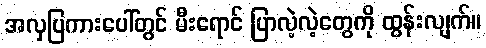
အလှပြကားပေါ်တွင် မီးရောင် ပြာလဲ့လဲ့တွေကို ထွန်းလျက်။